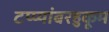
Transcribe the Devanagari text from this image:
टप्प्यांबरहुकूम